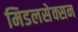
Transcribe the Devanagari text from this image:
मिडलसेक्सन